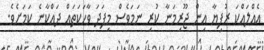
އެއްލައްކަ ރުފިޔާ އިން ޖޫރިމަނާ ކުރި ނަމަވެސް މިފަދަ ވާހަކަތައް ދައްކާނެ ކަމަށެވެ.